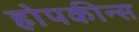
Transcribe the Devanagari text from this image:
होपकीन्स